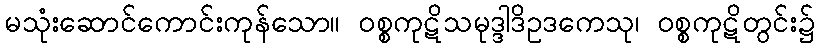
မသုံးဆောင်ကောင်းကုန်သော။ ဝစ္စကုဋိသမုဒ္ဒါဒိဥဒကေသု၊ ဝစ္စကုဋိတွင်း၌